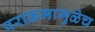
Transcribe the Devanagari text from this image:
पराक्रमामुळेच